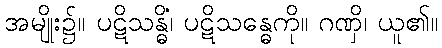
အမျိုး၌။ ပဋိသန္ဓိံ၊ ပဋိသန္ဓေကို။ ဂဏှိ၊ ယူ၏။